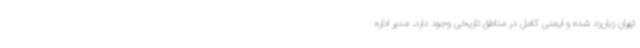
تهران زبان‌زد شده و ایمنی کامل در مناطق تاریخی وجود دارد. مدیر اداره